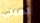
لمبنى